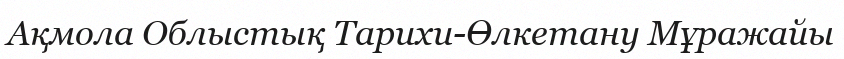
Ақмола Облыстық Тарихи-Өлкетану Мұражайы